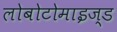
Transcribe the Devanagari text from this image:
लोबोटोमाइज्ड